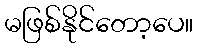
မဖြစ်နိုင်တော့ပေ။